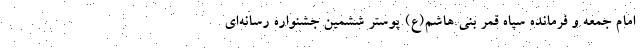
امام جمعه و فرمانده سپاه قمر بنی هاشم(ع) پوستر ششمین جشنواره رسانه‌ای